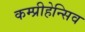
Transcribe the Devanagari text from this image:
कम्प्रीहेन्सिव